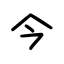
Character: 今